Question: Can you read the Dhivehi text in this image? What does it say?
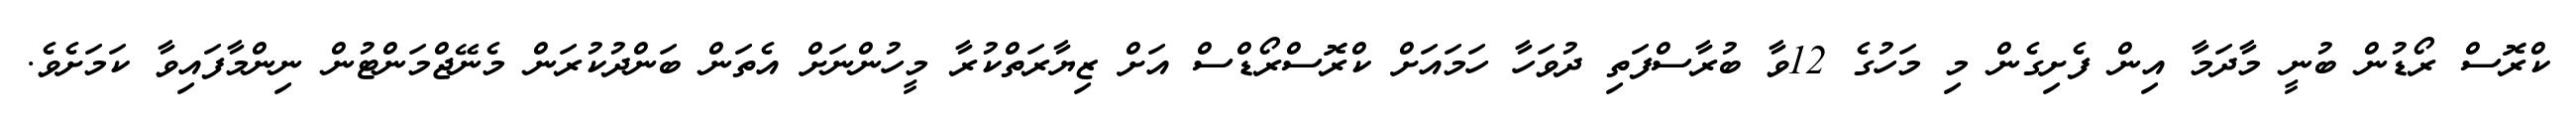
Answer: ކްރޮސް ރޯޑުން ބުނީ މާދަމާ އިން ފެށިގެން މި މަހުގެ 12ވާ ބުރާސްފަތި ދުވަހާ ހަމައަށް ކްރޮސްރޯޑްސް އަށް ޒިޔާރަތްކުރާ މީހުންނަށް އެތަން ބަންދުކުރަން މެނޭޖްމަންޓުން ނިންމާފައިވާ ކަމަށެވެ.